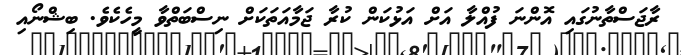
ރާޖަސްތާނުގައި އޮންނަ ފުއްލާ އަށް އަޅުކަން ކުރާ ޖަމާއަތަކަށް ނިސްބަތްވާ މީހެކެވެ. ބިޝްނޯއި